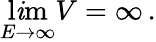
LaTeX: \operatorname*{l\mathit{i}m}_{E\to\infty}V=\infty\, .